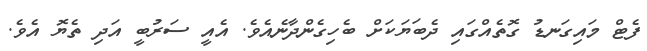
ފެޓް މައިގަނޑު ގޮތެއްގައި ދެބަޔަކަށް ބެހިގެންދާނެއެވެ. އެއީ ސަރުބީ އަދި ތެޔޮ އެވެ.